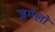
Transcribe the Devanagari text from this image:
ज़गेलो